Trukikaitis_Postimees, lk 53
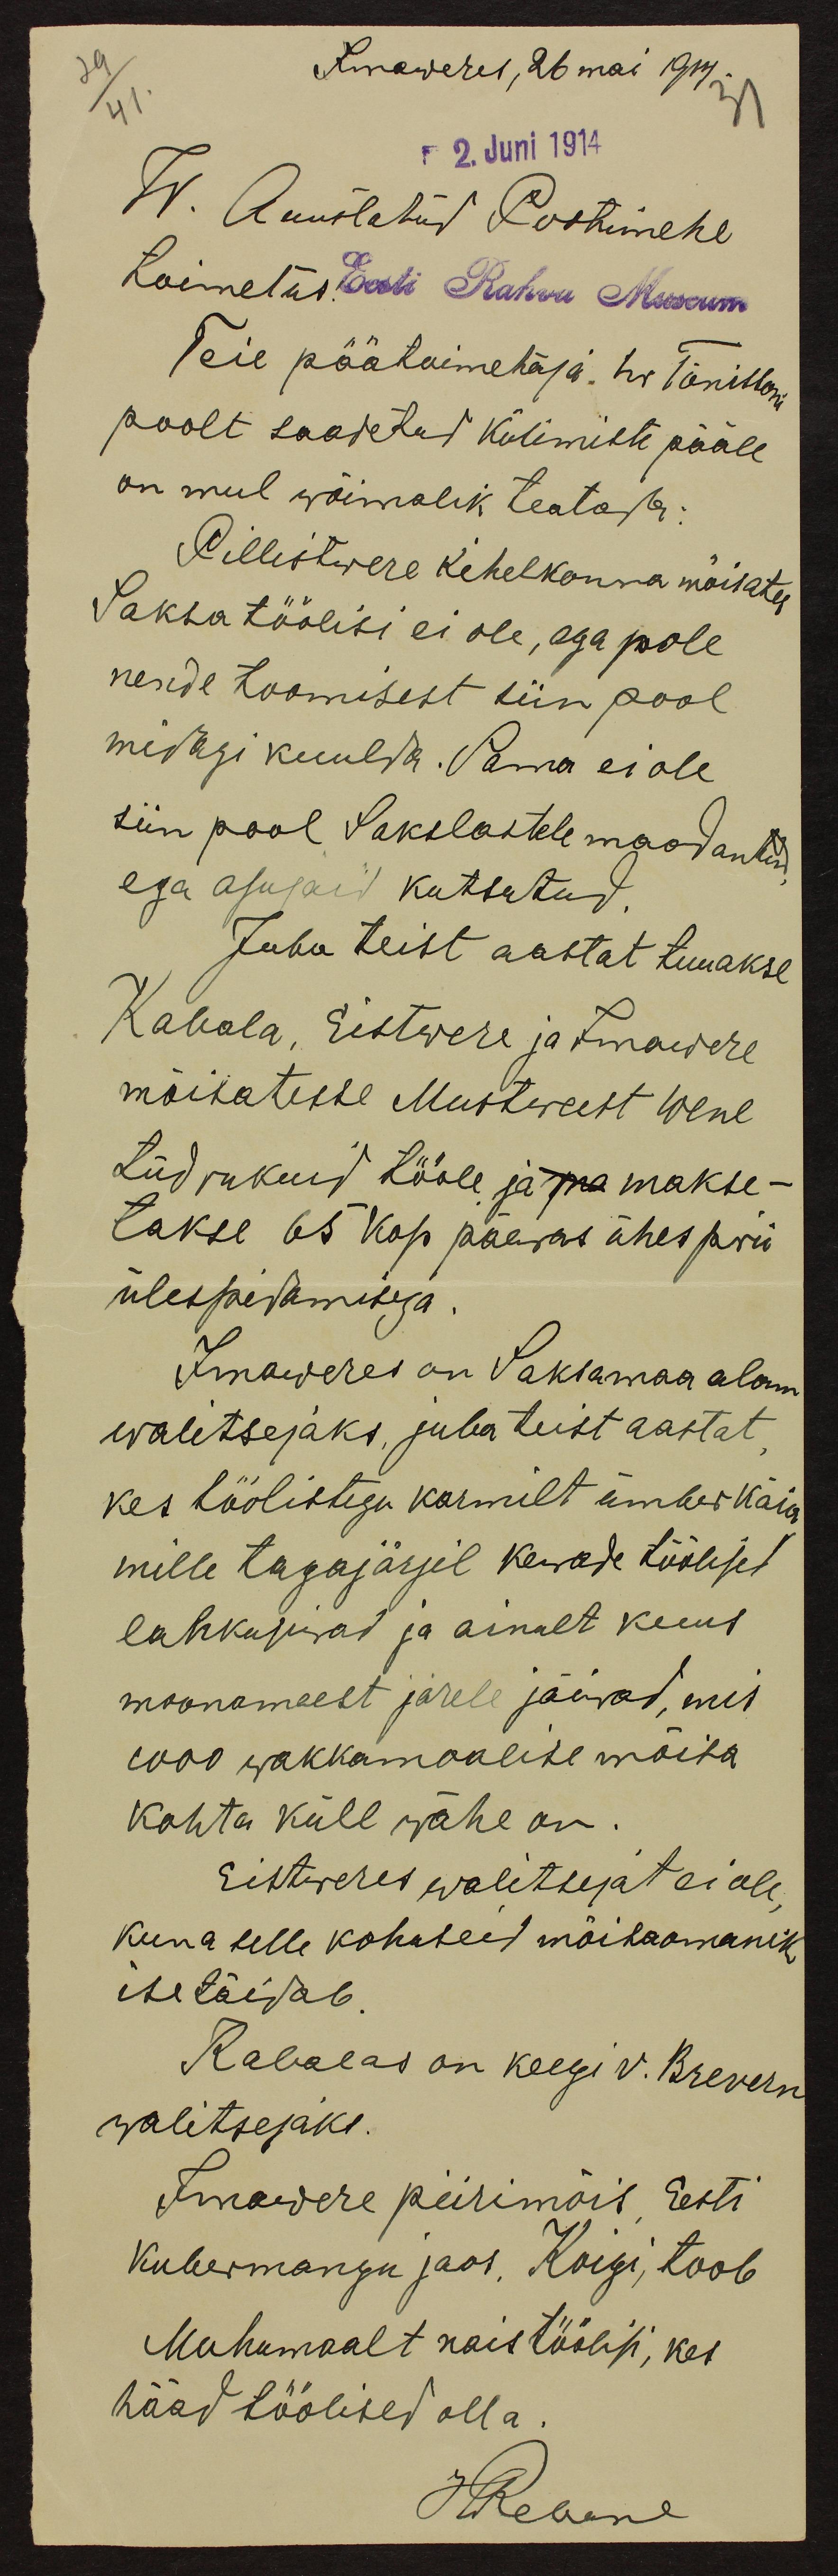
29
Imaweres, 26 mai 1914.
31
41.
2. Juni 1914
W. Auustatud Postimehe
toimetus. Eesti Rahva Museum
Teie päätoimetaja hr Tõnissoni
poolt saadetud küsimiste pääle
on mul wõimalik teatada:
Pillistwere kihelkonna mõisates
Saksa töölisi ei ole, aga pole
nende toomisest siin pool
midagi kuulda. Sama ei ole
siin pool Sakslastele maad antud,
ega asujaid kutsutud.
Juba teist aastat tuuakse
Kabala, Eistwere ja Imawere
mõisatesse Mustweest Wene
tüdrukuid tööle ja ma makse-
takse 65 kop päewas ühes prii
ülespidamisega.
Imaweres on Saksamaa alam
walitsejaks, juba teist aastat,
kes töölistega karmilt ümber käib
mille tagajärjel kewade töölised
lahkusiwad ja ainult kuus
moonameest järele jäiwad, mis
1000 wakkamaalise mõisa
kohta küll wähe on.
Eistweres walitsejat ei ole,
kuna selle kohaseid mõisaomanik
ise täidab.
Kabalas on keegi v. Brevern
walitsejaks.
Imawere piirimõis, Eesti
Kubermangu jaos. Koigi, toob
Muhumaalt naistöölisi, kes
hääd töölised olla.
JRebane